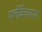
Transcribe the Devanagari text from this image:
फ्लैविवायरस